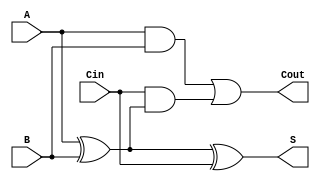
module async_full_adder (
    input  wire A,      // First input bit
    input  wire B,      // Second input bit
    input  wire Cin,    // Carry input from previous stage
    output wire S,      // Sum output
    output wire Cout    // Carry output to next stage
);

    // Sum output calculation
    assign S = A ^ B ^ Cin;

    // Carry output calculation
    assign Cout = (A & B) | (Cin & (A ^ B));

endmodule